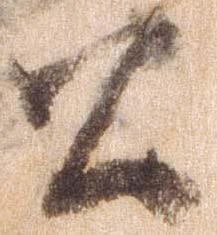
公